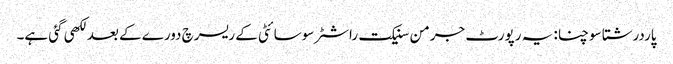
پاردرشتا سوچنا: یہ رپورٹ جرمن سنیکت راشٹر سوسائٹی کے ریسرچ دورے کے بعد لکھی گئی ہے۔